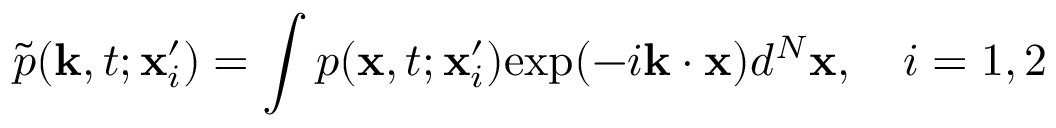
\tilde { p } ( \mathbf { k } , t ; \mathbf { x } _ { i } ^ { \prime } ) = \int p ( \mathbf { x } , t ; \mathbf { x } _ { i } ^ { \prime } ) \mathrm { e x p } ( - i \mathbf { k } \cdot \mathbf { x } ) d ^ { N } \mathbf { x } , \quad i = 1 , 2